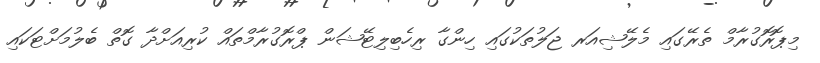
މިޕޮރޮގުރާމް ތެރޭގައި މެލޭޝިއަރ ޖަލުތަކުގައި ހިންގާ ރިހެބިލިޓޭޝަން ޕްރޮގުރާމްތައް ކުރިއަށްދާ ގޮތް ބެލުމަށްޓަކައި